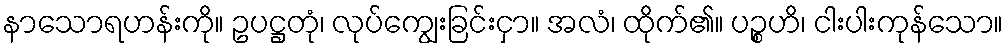
နာသောရဟန်းကို။ ဥပဋ္ဌတုံ၊ လုပ်ကျွေးခြင်းငှာ။ အလံ၊ ထိုက်၏။ ပဉ္စဟိ၊ ငါးပါးကုန်သော။